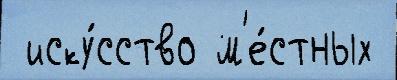
 иску́сство м'е́стных